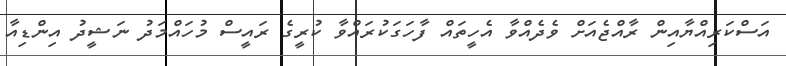
އަސްކަރިއްޔާއިން ރާއްޖެއަށް ވެދެއްވާ އެހީތައް ފާހަގަކުރައްވާ ކުރީގެ ރައީސް މުހައްމަދު ނަޝީދު އިންޑިއާ